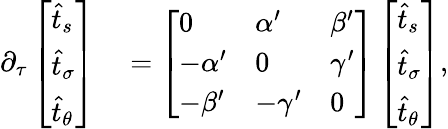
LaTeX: \begin{array}{rl}{\partial_{\tau}\left[\begin{array}{l}{\widehat{t}_{s}}\\ {\widehat{t}_{\sigma}}\\ {\widehat{t}_{\theta}}\end{array}\right]}&{{}=\left[\begin{array}{lll}{0}&{\alpha^{\prime}}&{\beta^{\prime}}\\ {-\alpha^{\prime}}&{0}&{\gamma^{\prime}}\\ {-\beta^{\prime}}&{-\gamma^{\prime}}&{0}\end{array}\right]\left[\begin{array}{l}{\widehat{t}_{s}}\\ {\widehat{t}_{\sigma}}\\ {\widehat{t}_{\theta}}\end{array}\right],}\end{array}